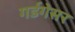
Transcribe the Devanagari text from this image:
गर्डगेसर